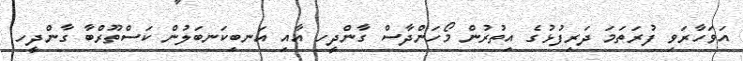
އަވަހާރަވި ފުރަތަމަ ދަރިފުޅުގެ އިތުރުން މޯހަންދާސް ގާންދީހ އާއި އަނބިކަނބަލުން ކަސްތޫރްބާ ގާންދީހ